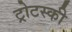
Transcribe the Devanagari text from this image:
ट्रोटस्की